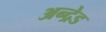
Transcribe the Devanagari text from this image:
अन्द्रेड